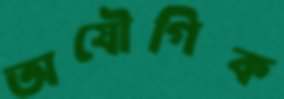
অযৌগিক